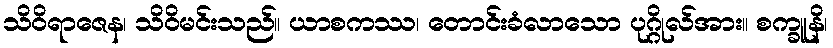
သိဝိရာဇေန၊ သိဝိမင်းသည်။ ယာစကဿ၊ တောင်းခံလာသော ပုဂ္ဂိုလ်အား။ စက္ခူနိ၊